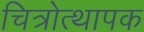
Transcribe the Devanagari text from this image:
चित्रोत्थापक